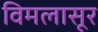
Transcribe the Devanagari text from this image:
विमलासूर